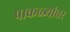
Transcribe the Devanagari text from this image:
पाकळ्यांवर